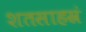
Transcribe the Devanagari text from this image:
शतसाहस्रं